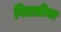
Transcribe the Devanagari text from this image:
पिछाडीचा